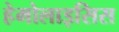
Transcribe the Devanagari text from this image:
हेमोलाइसिस